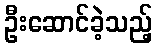
ဦးဆောင်ခဲ့သည့်